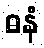
ဓနံ